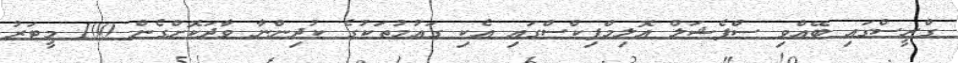
ގްރީސްގައި ބޭއްވި ސްޕެޝަލް އޮލިމްޕިކްސްގައި އެކި ގައުމުތަކުގެ ކުދިންނާ ވާދަކޮށްގެން 100 މީޓަރު